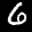
Label: 6